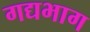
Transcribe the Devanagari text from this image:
गद्यभाग